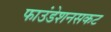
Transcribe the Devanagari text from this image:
फाउंडेशनसकट